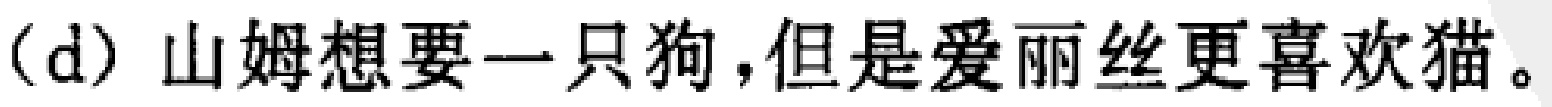
(d) 山姆想要一只狗,但是爱丽丝更喜欢猫。